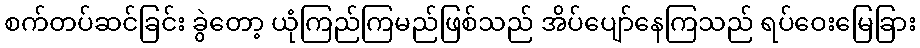
စက်တပ်ဆင်ခြင်း ခွဲတော့ ယုံကြည်ကြမည်ဖြစ်သည် အိပ်ပျော်နေကြသည် ရပ်ဝေးမြေခြား